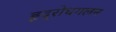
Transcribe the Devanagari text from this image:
हृद्‌रोधगलन